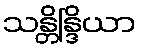
သန္တိန္ဒြိယာ